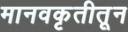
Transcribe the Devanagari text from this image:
मानवकृतीतून